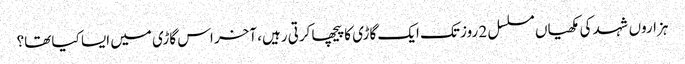
ہزاروں شہد کی مکھیاں مسلسل 2 روز تک ایک گاڑی کا پیچھا کرتی رہیں، آخر اس گاڑی میں ایسا کیا تھا؟